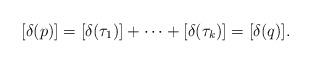
LaTeX: \begin{gather*}[\delta(p)] = [\delta(\tau_1)] + \cdots + [\delta(\tau_k)] = [\delta(q)].\end{gather*}